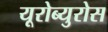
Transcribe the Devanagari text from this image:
यूरोब्युरोस